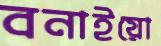
বনাইয়ো